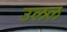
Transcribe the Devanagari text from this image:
उलल